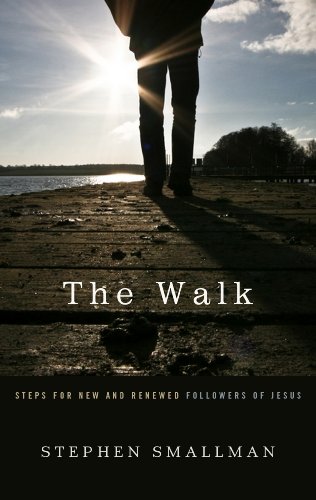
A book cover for The Walk: Steps for New and Renewed Followers of Jesus; Stephen Smallman; Christian Books & Bibles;